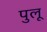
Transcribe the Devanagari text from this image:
पुलू